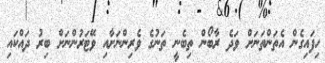
ހިފައިގެން އެތަންތަނަށް ވަދެ ރާބޯން ތިބެނީ ތަނުގެ ވެރިންނަށާއި ވޭޓަރުންނަށް ބިރު ދައްކައި